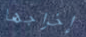
إخراجها